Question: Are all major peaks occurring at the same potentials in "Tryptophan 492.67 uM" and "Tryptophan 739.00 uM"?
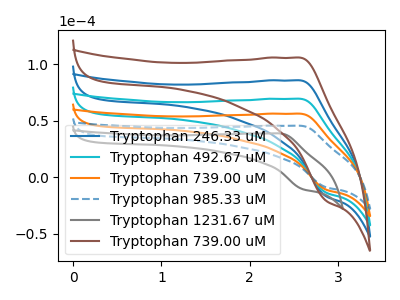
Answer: <think>The blue curve "Tryptophan 246.33 uM" has an anodic peak at (2.55V, 168.30uA) and a cathodic peak at (2.85V, -33.75uA). The cyan curve "Tryptophan 492.67 uM" has an anodic peak at (2.55V, 112.20uA) and a cathodic peak at (2.85V, -22.50uA). The orange curve "Tryptophan 739.00 uM" has an anodic peak at (2.55V, 56.10uA) and a cathodic peak at (2.85V, -11.25uA). The blue dashed curve "Tryptophan 985.33 uM" has an anodic peak at (2.55V, 45.40uA) and a cathodic peak at (2.85V, -9.10uA). The gray curve "Tryptophan 1231.67 uM" has an anodic peak at (2.35V, 38.65uA) and a cathodic peak at (2.60V, -10.85uA). The brown curve "Tryptophan 739.00 uM" has an anodic peak at (2.55V, 224.35uA) and a cathodic peak at (2.85V, -45.00uA).</think>
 <answer>Yes, "Tryptophan 492.67 uM" have a peak in "Tryptophan 739.00 uM" at the same potential.</answer>
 <eval>match</eval>